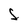
Character: S